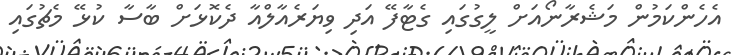
އެހެންކަމުން މަޝެރާނޯއަށް ލީގުގައި ގެޓާފޭ އަދި ވިޔަރެއާލްއާ ދެކޮޅަށް ބާސާ ކުޅޭ މެޗުގައި